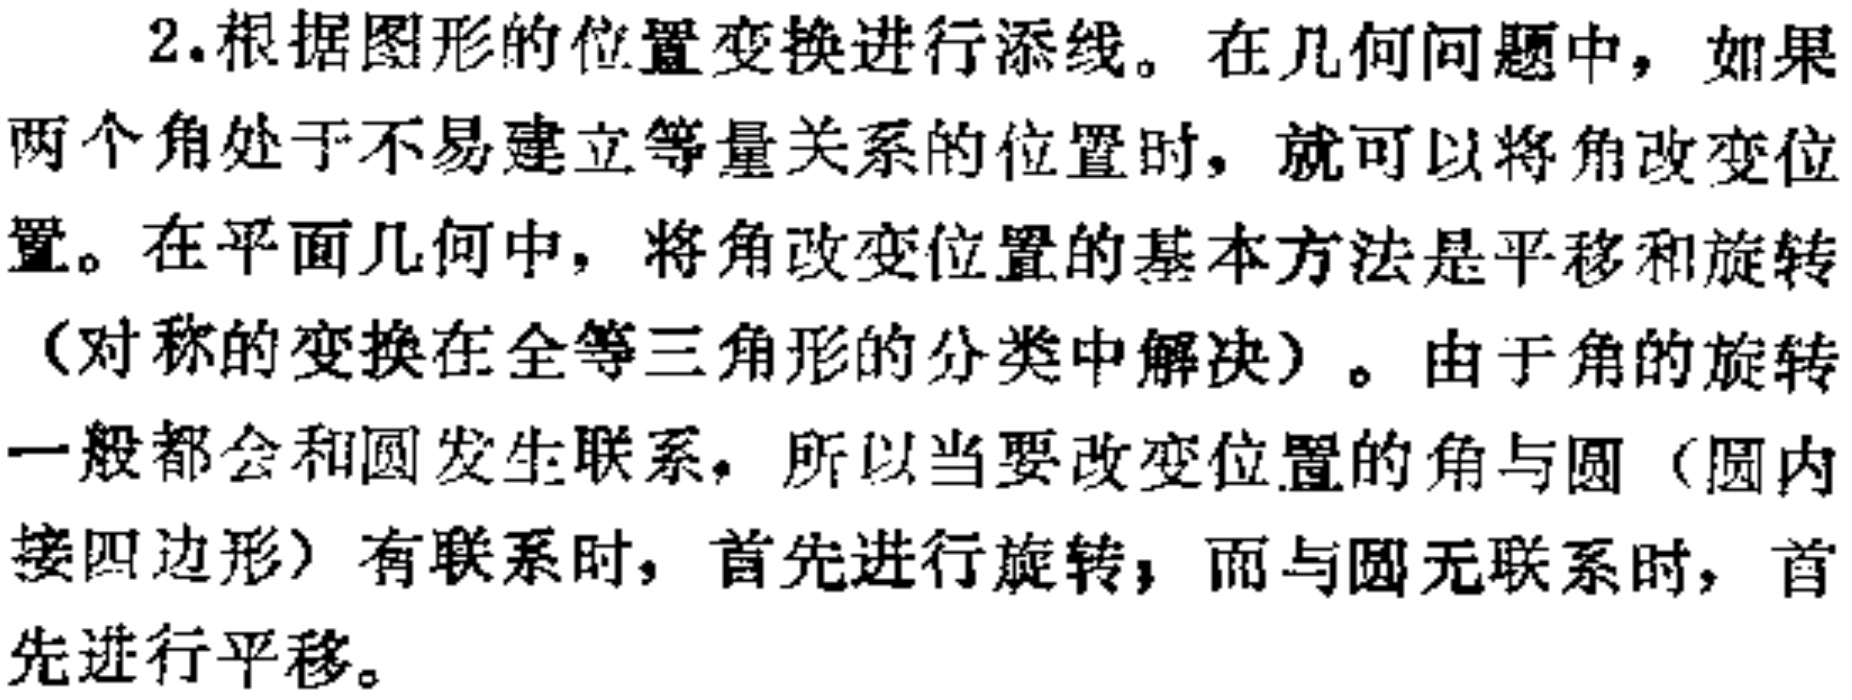
2.根据图形的位置变换进行添线。在几何问题中，如果

两个角处于不易建立等量关系的位置时，就可以将角改变位

置。在平面几何中，将角改变位置的基本方法是平移和旋转

（对称的变换在全等三角形的分类中解决）。由于角的旋转

一般都会和圆发生联系，所以当要改变位置的角与圆（圆内

接四边形）有联系时，首先进行旋转，而与圆无联系时，首

先进行平移。